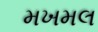
મખમલ